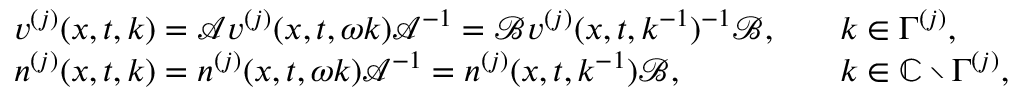
\begin{array} { r l r l } & { v ^ { ( j ) } ( x , t , k ) = \mathcal { A } v ^ { ( j ) } ( x , t , \omega k ) \mathcal { A } ^ { - 1 } = \mathcal { B } v ^ { ( j ) } ( x , t , k ^ { - 1 } ) ^ { - 1 } \mathcal { B } , } & & { k \in \Gamma ^ { ( j ) } , } \\ & { n ^ { ( j ) } ( x , t , k ) = n ^ { ( j ) } ( x , t , \omega k ) \mathcal { A } ^ { - 1 } = n ^ { ( j ) } ( x , t , k ^ { - 1 } ) \mathcal { B } , } & & { k \in { \mathbb C } \setminus \Gamma ^ { ( j ) } , } \end{array}